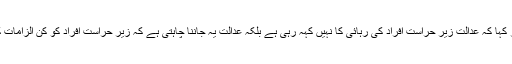
جسٹس اعجاز افضل نے اس موقع پر کہا کہ عدالت زیر حراست افراد کی رہائی کا نہیں کہہ رہی ہے بلکہ عدالت یہ جاننا چاہتی ہے کہ زیر حراست افراد کو کن الزامات کے تحت حراست میں رکھا گیا ہے۔